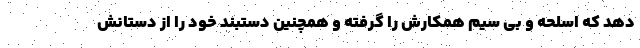
دهد که اسلحه و بی سیم همکارش را گرفته و همچنین دستبند خود را از دستانش